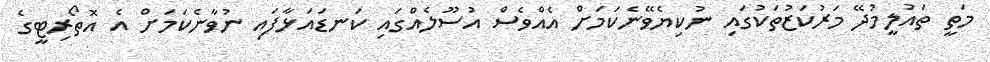
މަތީ ތައުލީމުދޭ މަރުކަޒުތަކުގައި ނުކިޔެވޭނެކަމަށް އެއްވެސް އުސޫލެއްގައި ކަނޑައަޅާފައި ނުވާނެކަމަށް އެ އޮތޯރިޓީގެ